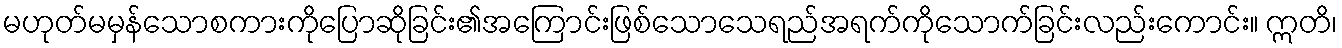
မဟုတ်မမှန်သောစကားကိုပြောဆိုခြင်း၏အကြောင်းဖြစ်သောသေရည်အရက်ကိုသောက်ခြင်းလည်းကောင်း။ ဣတိ၊